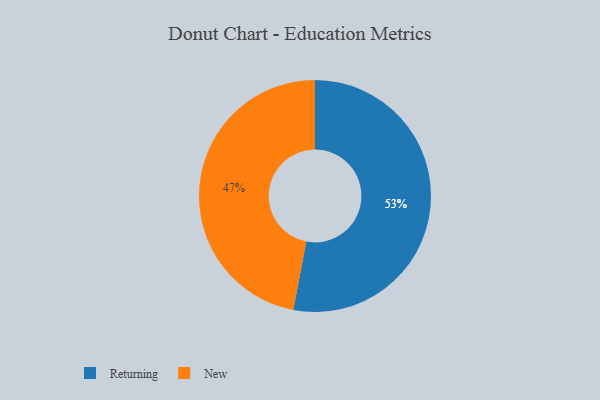
{"axis": {"x": "Category", "y": "Percentage"}, "legend": ["New", "Returning"], "data": [{"x": "Returning", "y": 53, "type": "Returning"}, {"x": "New", "y": 47, "type": "New"}]}